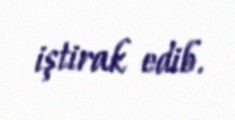
iştirak edib.